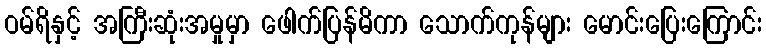
ဝမ်ရိနှင့် အကြီးဆုံးအမှုမှာ ဖေါက်ပြန်မိကာ သောက်ကုန်များ မောင်းပြေးကြောင်း